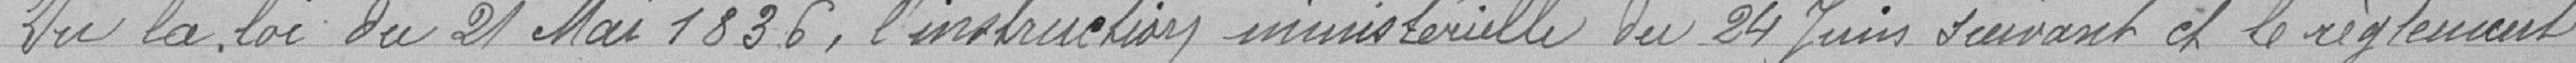
Vu la loi du 21 Mai 1836, l' instruction inministèrielle du 24 Juin suivant et le règlement